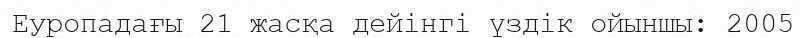
Еуропадағы 21 жасқа дейінгі үздік ойыншы: 2005